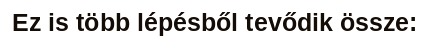
Ez is több lépésből tevődik össze: